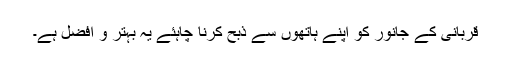
قربانی کے جانور کو اپنے ہاتھوں سے ذبح کرنا چاہئے یہ بہتر و افضل ہے۔